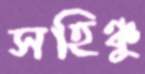
সহিঞ্চু